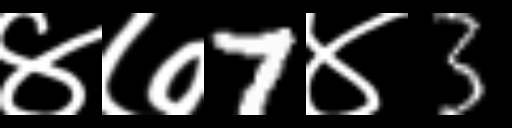
Text: ४७7४3